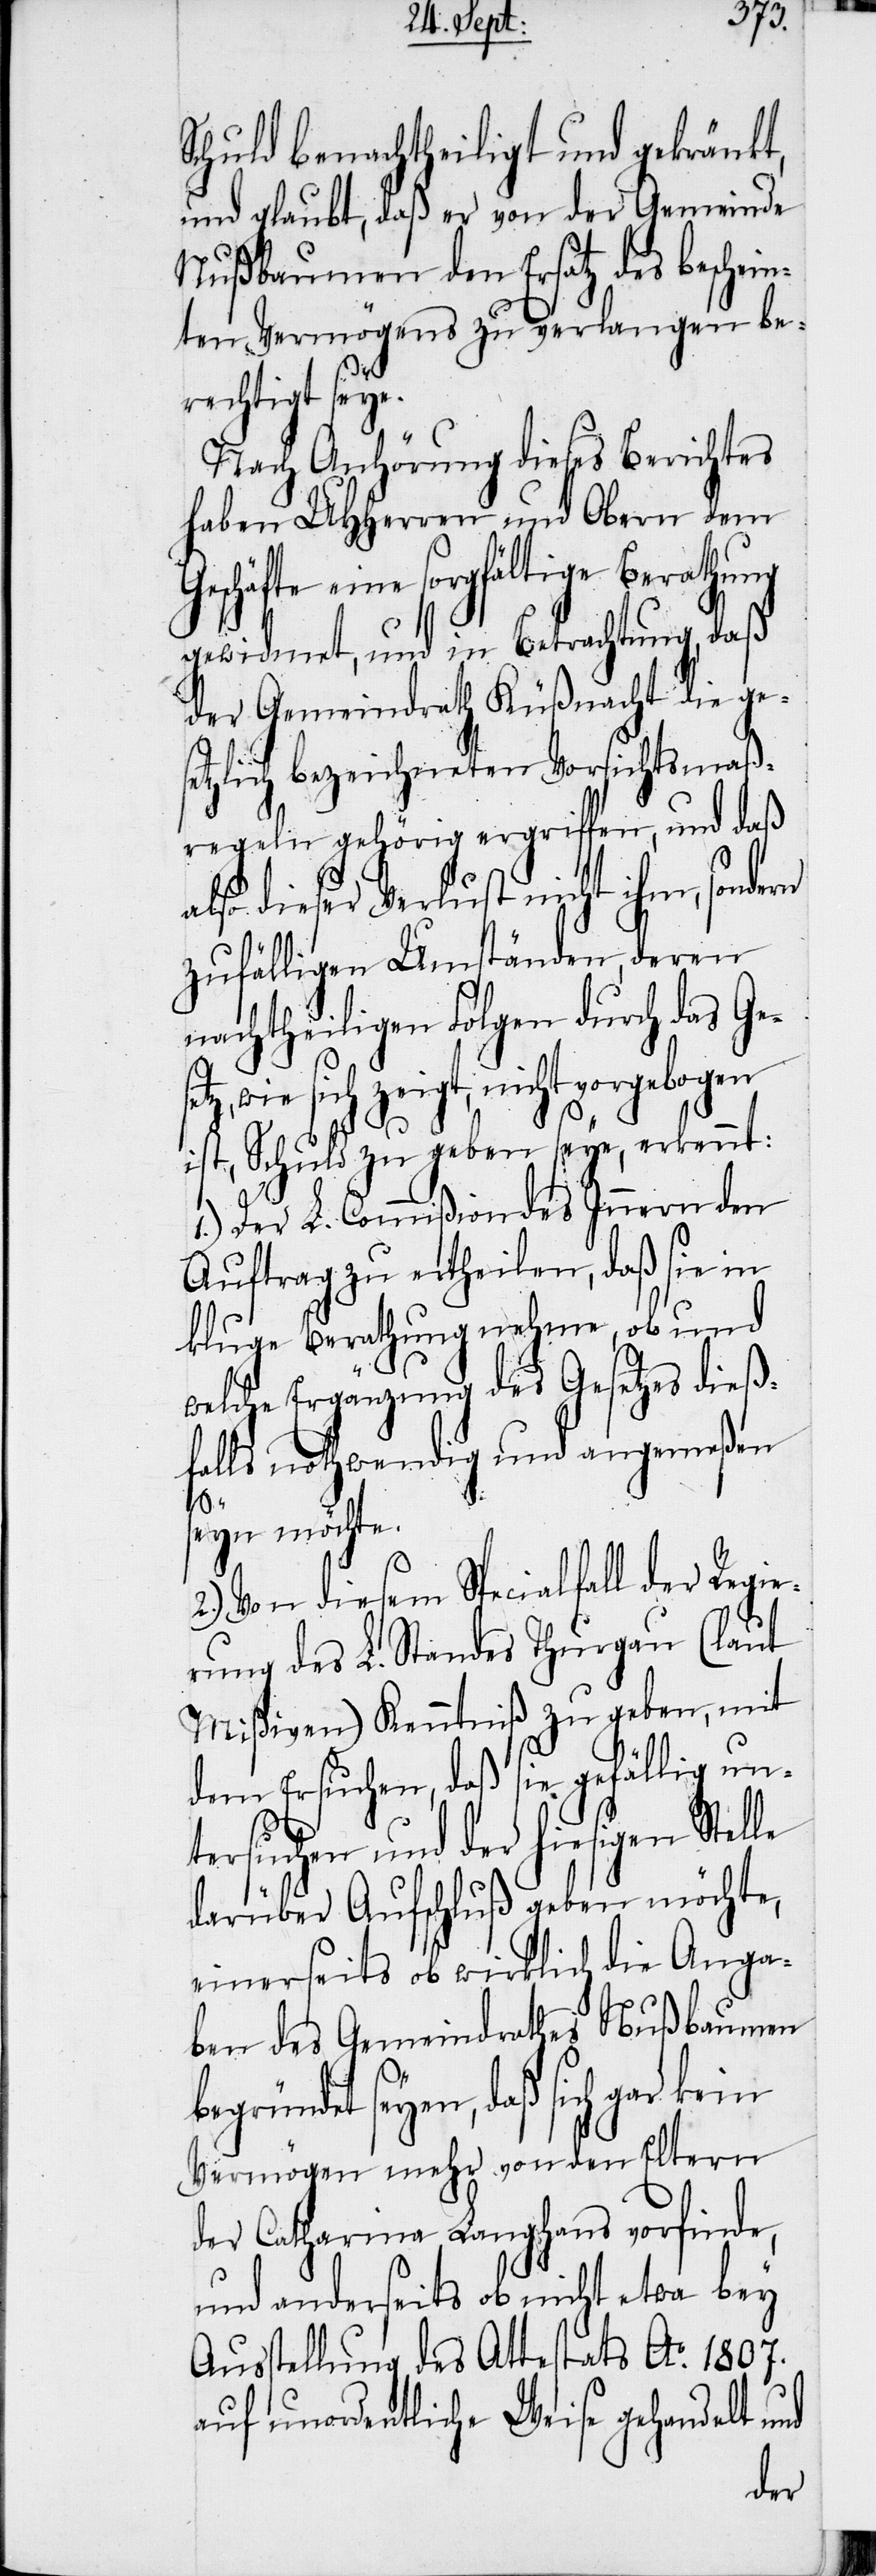
Schuld benachtheiligt und gekränkt,
und glaubt, daß er von der Gemeinde
Nußbaumen den Ersatz des beschein¬
ten Vermögens zu verlangen be¬
rechtigt seye.
Nach Anhörung dieses Berichtes
haben UHHerren und Obern dem
Geschäfte eine sorgfältige Berathung
gewidmet, und in Betrachtung, daß
der Gemeindrath Küßnacht die ges¬
etzlich bezeichneten Vorsichtsmaß¬
regeln gehörig ergriffen, und daß
also dieser Verlust nicht ihm, sondern
zufälligen Umständen, deren
nachtheiligen Folgen durch das Ge¬
wie sich zeigt, nicht vorgebogen
ist, Schuld zu geben seye, erkennt:
1.) Der L. Commißion des Innern den
Auftrag zu ertheilen, daß sie in
kluge Berathung nehme, ob und
welche Ergänzung des Gesetzes dieß¬
falls nothwendig und angemeßen
b¬
seyn möchte.
2.) Von diesem Specialfall der Regie¬
rung des L. Standes Thurgau (laut
Mißiven) Kenntniß zu geben, mit
dem Ersuchen, daß sie gefällig un¬
tersuchen und der hiesigen Stelle
darüber Aufschluß geben möchte,
einerseits ob wirklich die Anga¬
ben des Gemeindrathes Nußbaumen
egründet seyen, daß sich gar kein
Vermögen mehr von den Eltern
der Catharina Langhans vorfinde,
und anderseits ob nicht etwa bey
Ausstellung des Attestats Ao. 1807.
auf unordentliche Weise gehandelt und